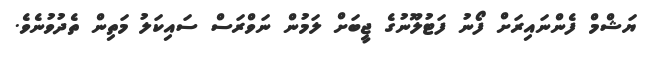
ޔަޝްމް ފެންނައިރަށް ފޯނު ފަޓުލޫނުގެ ޖީބަށް ލަމުން ނަވްރަސް ސައިކަލު މަތިން ތެދުވުނެވެ.